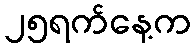
၂၅ရက်နေ့က